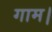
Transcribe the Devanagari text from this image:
गाम।